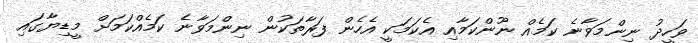
ވަހީދު ނިންމަވާނެ ކަމެއް ނޫންކަމާއި އެކަމަކީ އެހެން ފަރާތަކުން ނިންމަވާނެ ކަމެއްކަމަށް މީޑިޔާގައި